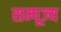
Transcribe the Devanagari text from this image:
सम्पूज्य